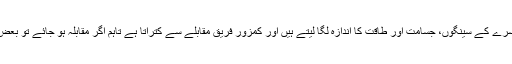
اکثر اوقات فریقین گھوم پھر کر ایک دوسرے کے سینگوں، جسامت اور طاقت کا اندازہ لگا لیتے ہیں اور کمزور فریق مقابلے سے کتراتا ہے تاہم اگر مقابلہ ہو جائے تو بعض اوقات انہیں گہرے زخم بھی لگتے ہیں۔